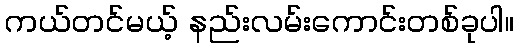
ကယ်တင်မယ့် နည်းလမ်းကောင်းတစ်ခုပါ။